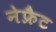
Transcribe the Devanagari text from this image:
नेफ्रैट